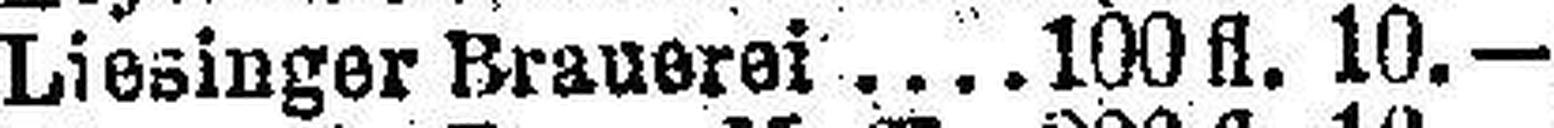
Liesinger Brauerei 100 fl. 10.—